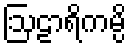
ဩဠာရိကမ္ပိ